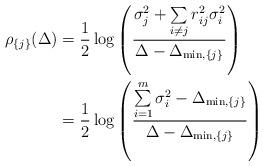
LaTeX: \begin{align*} \rho_{ \{j\} }(\Delta) & = \frac{1}{2} \log \left ( \frac{ \sigma_{ {j }}^2 + \sum \limits_{i \neq j} r_{ij}^2 \sigma_{i }^2 }{ \Delta - \Delta_{\min, \{j\}} } \right ) \\ & = \frac{1}{2} \log \left ( \frac{ \sum \limits_{i=1}^{m} \sigma_i^2 - \Delta_{\min, \{j\} } }{ \Delta - \Delta_{\min, \{j\} }} \right )\end{align*}